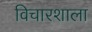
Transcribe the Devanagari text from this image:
विचारशाला